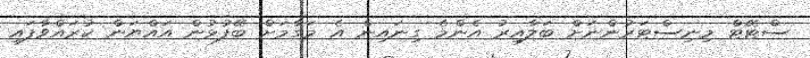
ސްޓޭޓް މިނިސްޓަރުންނަށް ބަލާއިރު އެންމެ ގިނައިން އެ މަގާމަށް ބޭފުޅުން އައްޔަން ކުރައްވާފައި